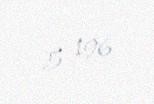
5 196